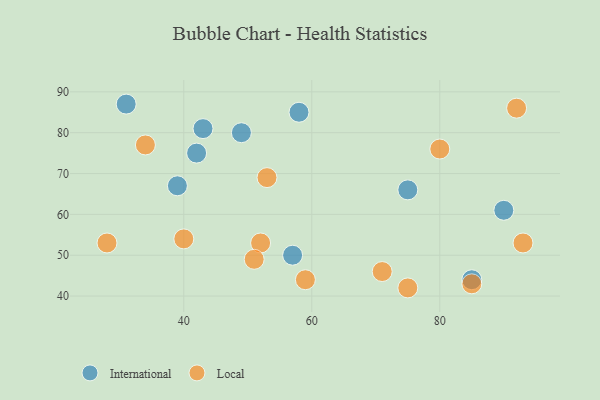
{"axis": {"x": "GDP", "y": "Life Expectancy"}, "legend": ["International", "Local"], "data": [{"x": "57", "y": 50, "type": "International"}, {"x": "58", "y": 85, "type": "International"}, {"x": "42", "y": 75, "type": "International"}, {"x": "49", "y": 80, "type": "International"}, {"x": "85", "y": 44, "type": "International"}, {"x": "43", "y": 81, "type": "International"}, {"x": "90", "y": 61, "type": "International"}, {"x": "75", "y": 66, "type": "International"}, {"x": "39", "y": 67, "type": "International"}, {"x": "31", "y": 87, "type": "International"}, {"x": "75", "y": 42, "type": "Local"}, {"x": "93", "y": 53, "type": "Local"}, {"x": "92", "y": 86, "type": "Local"}, {"x": "52", "y": 53, "type": "Local"}, {"x": "53", "y": 69, "type": "Local"}, {"x": "28", "y": 53, "type": "Local"}, {"x": "71", "y": 46, "type": "Local"}, {"x": "80", "y": 76, "type": "Local"}, {"x": "59", "y": 44, "type": "Local"}, {"x": "51", "y": 49, "type": "Local"}, {"x": "34", "y": 77, "type": "Local"}, {"x": "40", "y": 54, "type": "Local"}, {"x": "85", "y": 43, "type": "Local"}]}